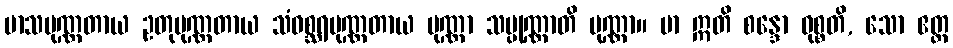
မာသပုဏ္ဏတာယ ဥတုပုဏ္ဏတာယ သံဝစ္ဆရပုဏ္ဏတာယ ပုဏ္ဏာ သမ္ပုဏ္ဏာတိ ပုဏ္ဏာ။ မာ ဣတိ စန္ဒော ဝုစ္စတိ, သော ဧတ္ထ